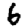
Digit: 6